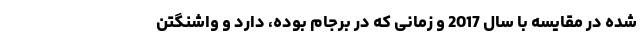
شده در مقایسه با سال 2017 و زمانی که در برجام بوده،‌ دارد و واشنگتن